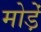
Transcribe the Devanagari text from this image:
मोडे़ं